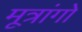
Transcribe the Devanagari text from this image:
मूत्रांगो